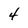
Character: 4